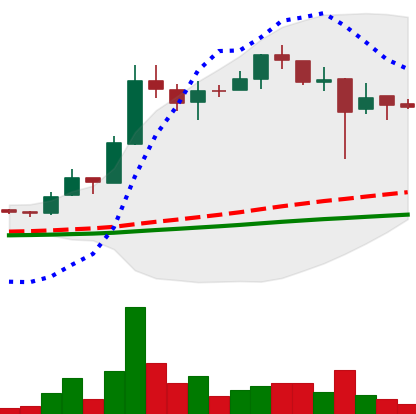
Ticker: LTC-USD
Chart end date: 2017-12-25
Forward return: -19.908%
Label: down_7plus